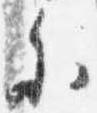
参